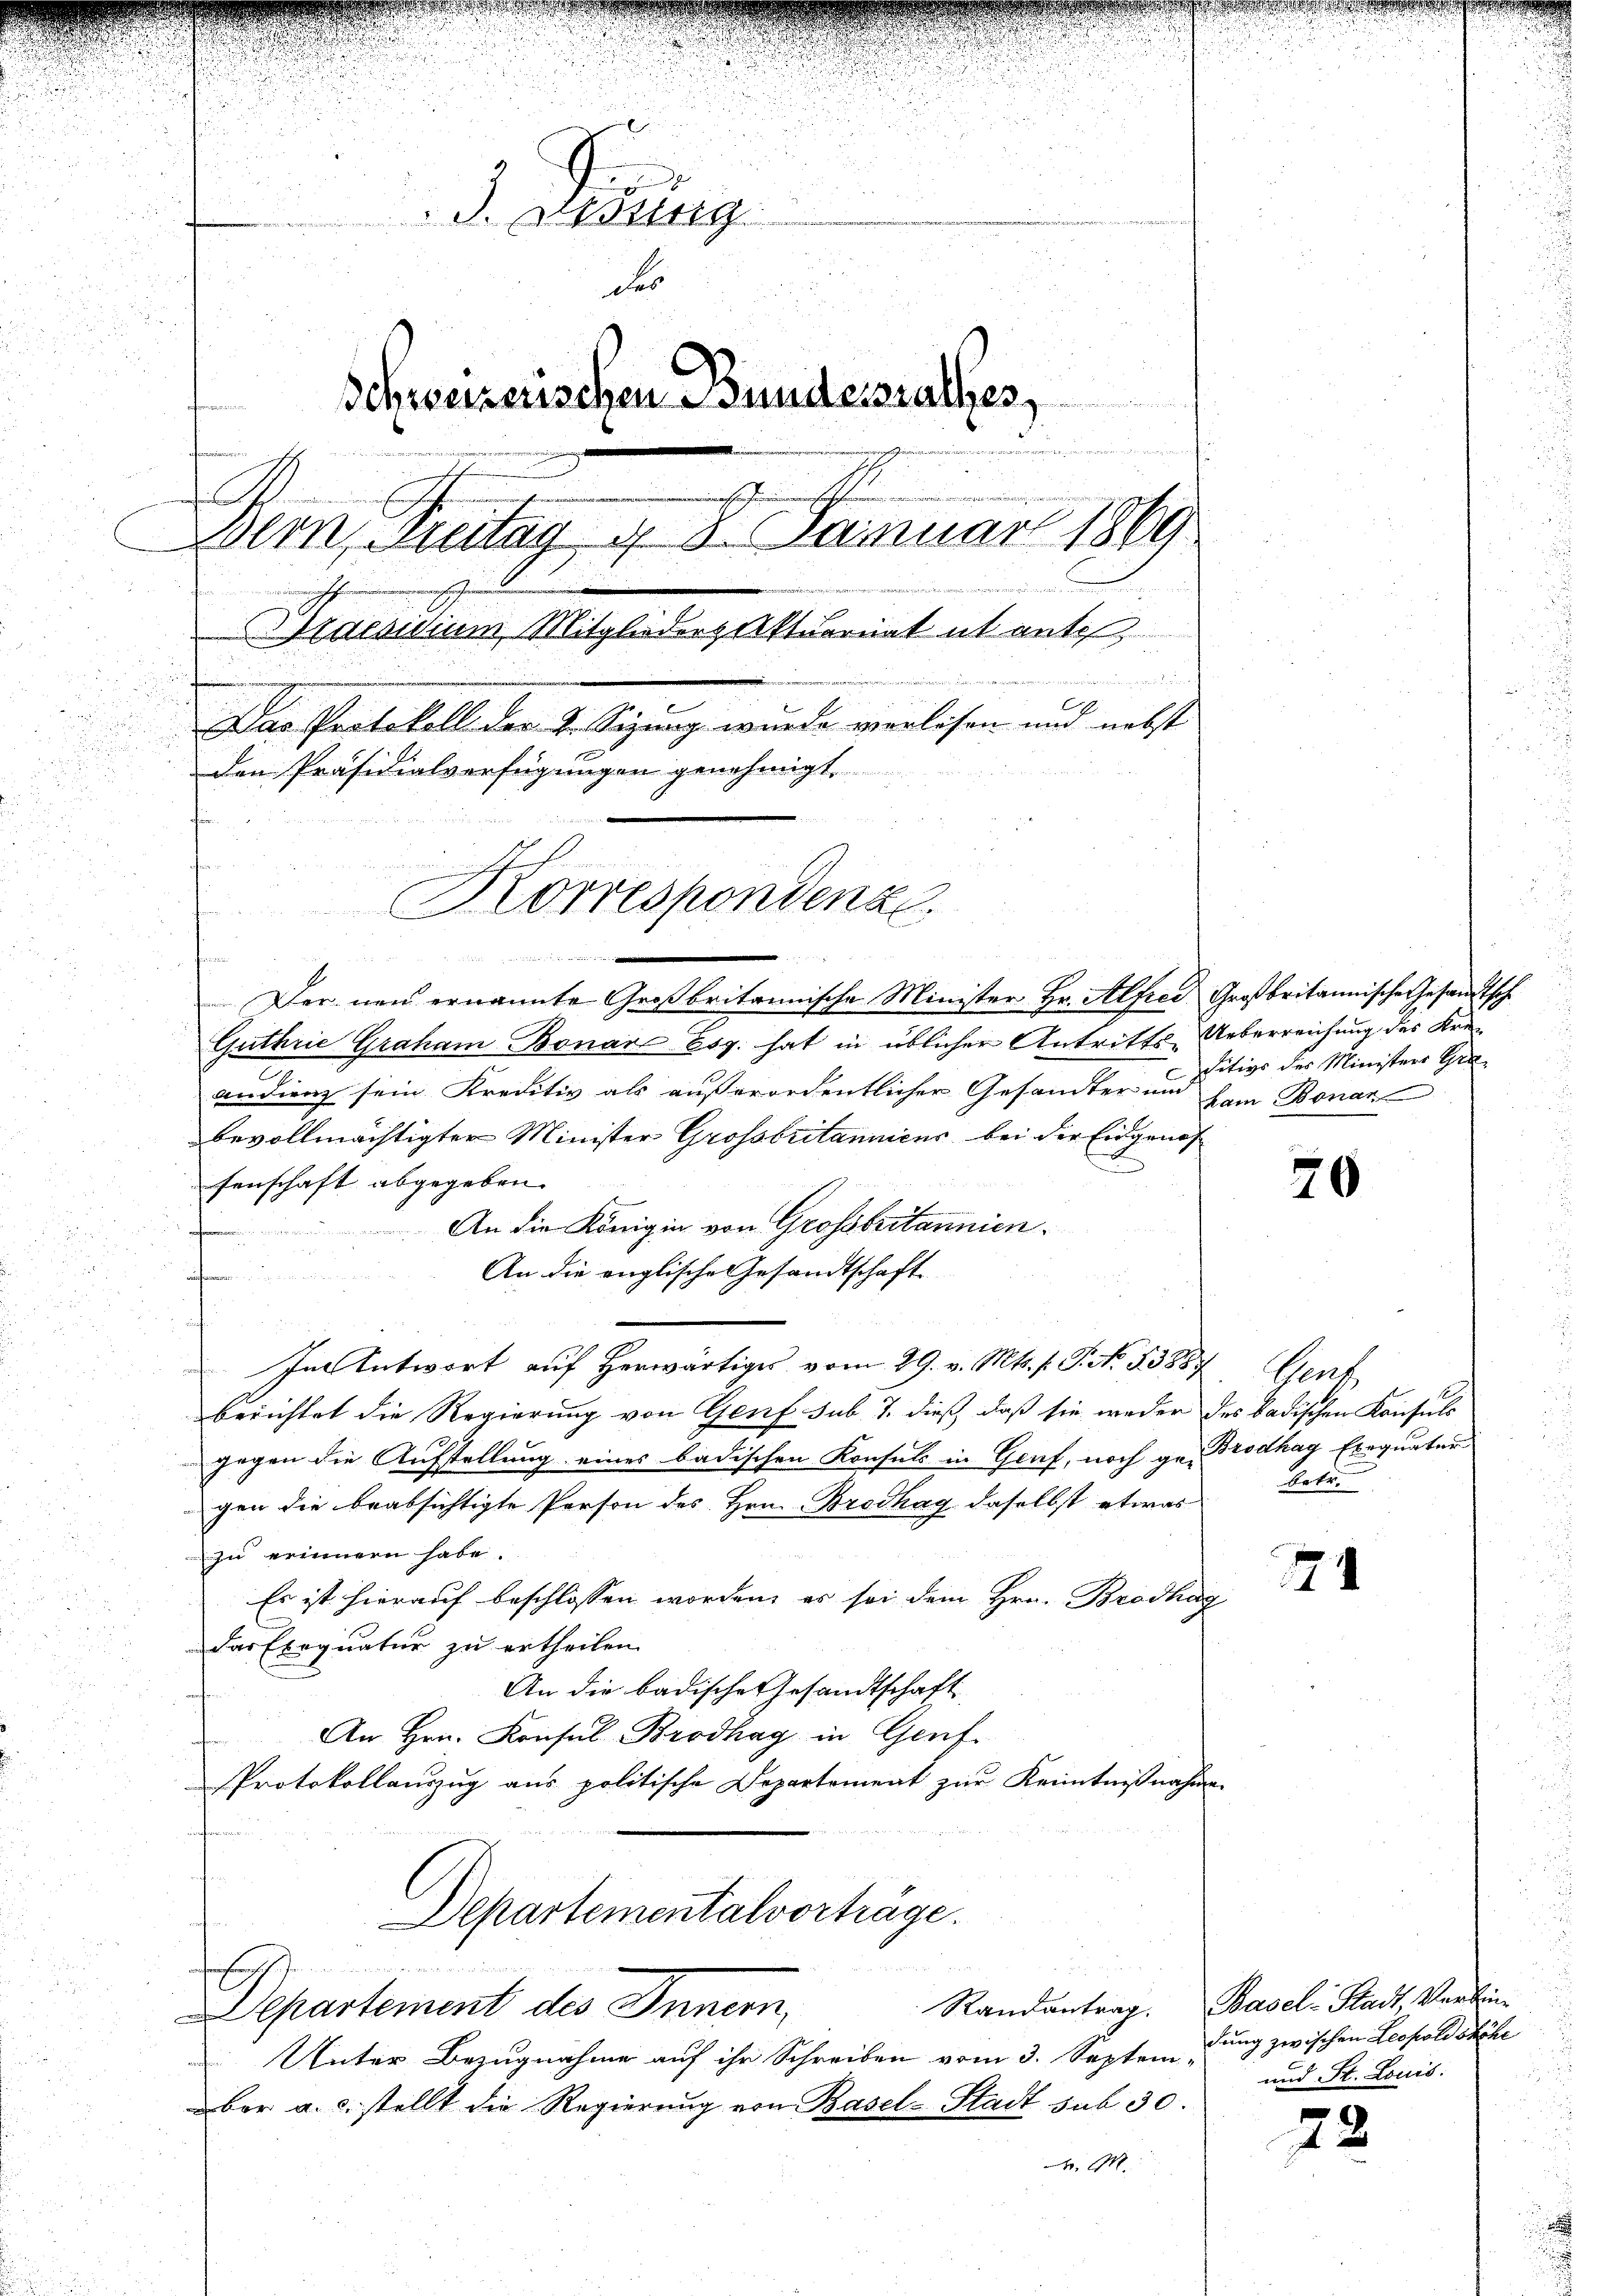
d. Korng
des
Schweizerischen Bundesrathes,
.
h
A
Bern, Breitag d. 8. Januar 1869
u
w
Praesidium, Mitglieder Aktuariat ut ante,
i
i
Das Protokoll der 4. Sizung wurde verlesen und nebst

den Präsidialverfügungen genehmigt.
Korrespondenze.

e

¬
Der neu ernannte Großbritannische Minister Hr. Alfred Großbritannische Gesandtsche
Guthrie Graham Bonar Esg. hat in üblicher Antritts-Ueberreichung des Krä¬
2.
andung sein Kreditiv als außerordentlicher Gesandter und kam Bonan
bevollmächtigter Minister Grossbritannicus bei der Eidgenos
A
senschaft abgegeben.
An die Königin von Grossbritannien.
An die englische Gesandtschaft
f
In Antwort auf herwärtiges vom 29. v. Mts. f. P. No. 53887
berichtet die Regierung von Genf sub. 7. dieß, daß sie weder des badischen Konsuls
gegen die Aufstellung eines badischen Konsuls in Genf, noch ge- Brodhag Exequater
gen die beabsichtigte Person des Hrn. Brodhag daselbst etwas
zu erinnern habe.
Es ist hierauf beschlossen worden, es sei dem Hrn. Brodhag
das Exequatur zu ertheilen.
An die badische Gesandtschaft
An Hrn. Konsul Brodhag in Genf
Protokollauszug aus politische Departement zur Kenntnißnahme.

e

Departementalvorträge.
f
Erscheinandern
Departement des Innern,

Unter Bezugnahme auf ihr Schreiben vom 3. Septem-
ber a. d. stellt die Regierung von Basel-Stadt sub 30.
 M

sitivs des Ministers Gra¬

20

Gent
betr.

174

Randantrag. Basel-Stadt, Verbin-
dung zwischen Leopoldshöhe
und St. Louis:

78

e